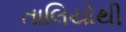
તાલિયોથી